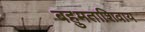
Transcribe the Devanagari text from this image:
बहुमताशिवाय